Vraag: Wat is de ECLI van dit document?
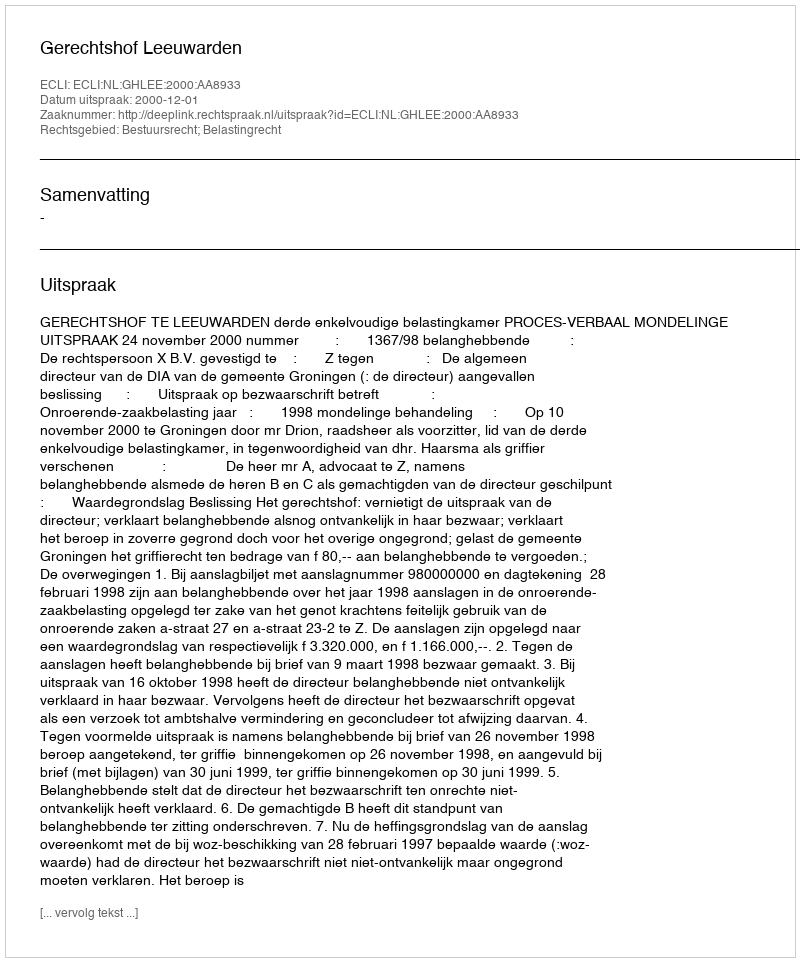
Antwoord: ECLI:NL:GHLEE:2000:AA8933